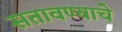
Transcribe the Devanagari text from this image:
सतावण्याचे